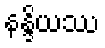
နန္ဒိယဿ